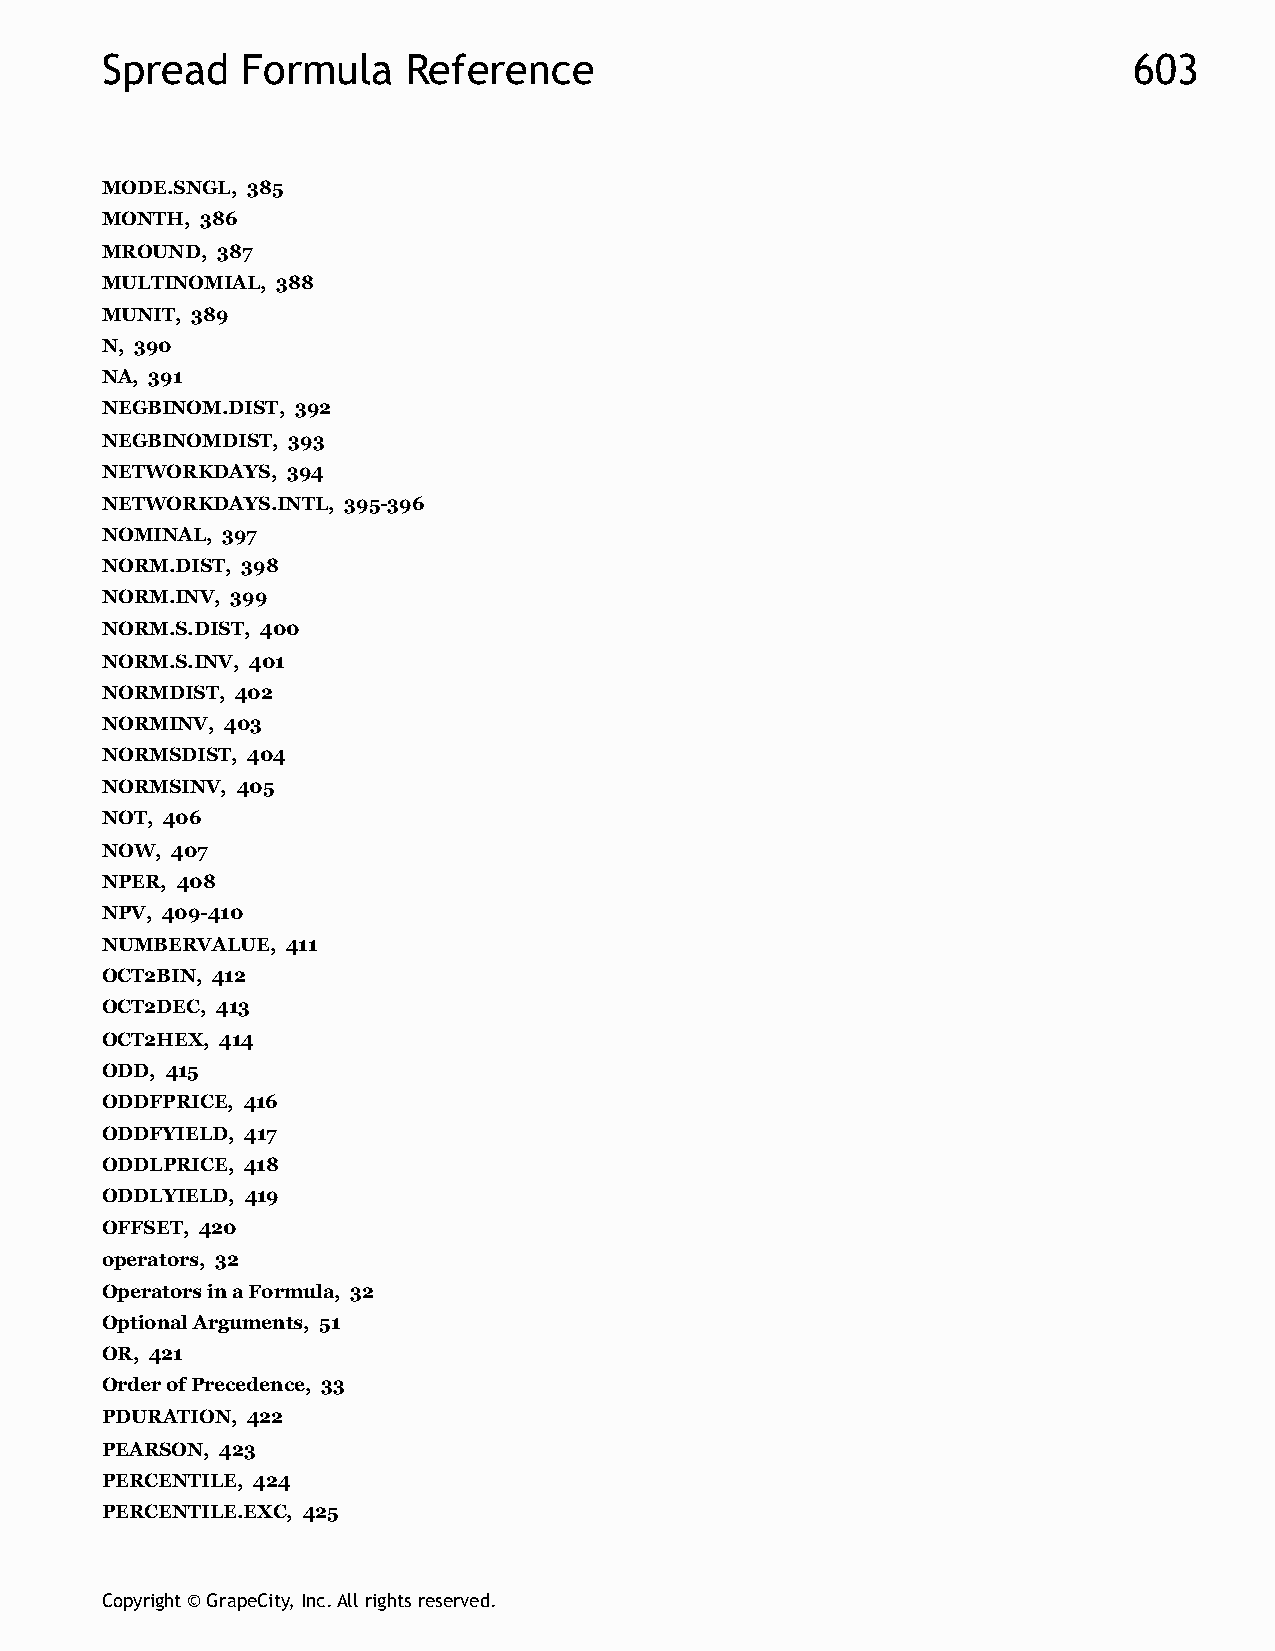
Spread   Formula    Reference                                       603
 MODE.SNGL, 385
 MONTH, 386
 MROUND, 387
 MULTINOMIAL, 388
 MUNIT, 389
 N, 390
 NA, 391
 NEGBINOM.DIST, 392
 NEGBINOMDIST, 393
 NETWORKDAYS, 394
 NETWORKDAYS.INTL, 395-396
 NOMINAL, 397
 NORM.DIST, 398
 NORM.INV, 399
 NORM.S.DIST, 400
 NORM.S.INV, 401
 NORMDIST, 402
 NORMINV, 403
 NORMSDIST, 404
 NORMSINV, 405
 NOT, 406
 NOW, 407
 NPER, 408
 NPV, 409-410
 NUMBERVALUE, 411
 OCT2BIN, 412
 OCT2DEC, 413
 OCT2HEX, 414
 ODD, 415
 ODDFPRICE, 416
 ODDFYIELD, 417
 ODDLPRICE, 418
 ODDLYIELD, 419
 OFFSET, 420
 operators, 32
 Operators in a Formula, 32
 Optional Arguments, 51
 OR, 421
 Order of Precedence, 33
 PDURATION, 422
 PEARSON, 423
 PERCENTILE, 424
 PERCENTILE.EXC, 425
 Copyright © GrapeCity, Inc. All rights reserved.